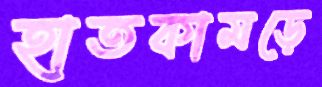
হাতকামড়ে